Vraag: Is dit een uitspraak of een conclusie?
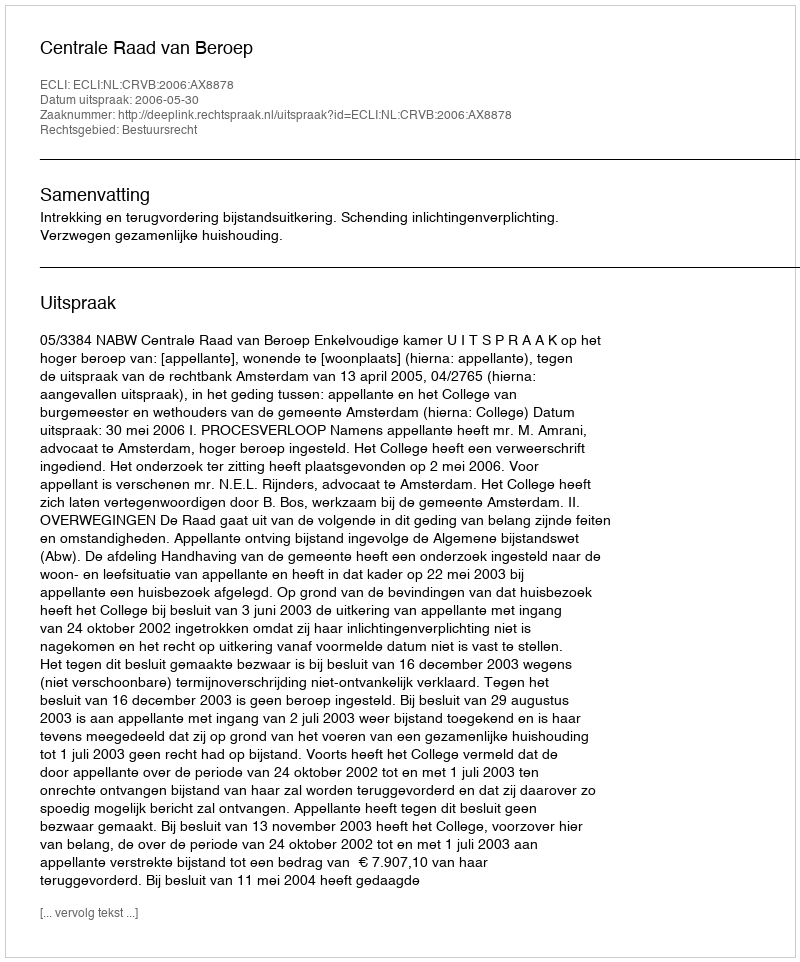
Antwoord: Uitspraak